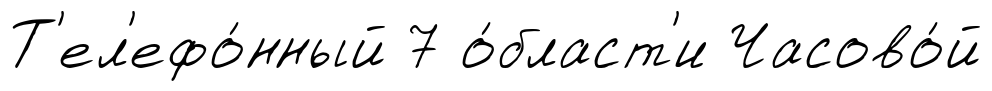
Т'ел'ефо́нный 7 о́бласт'и Часово́й